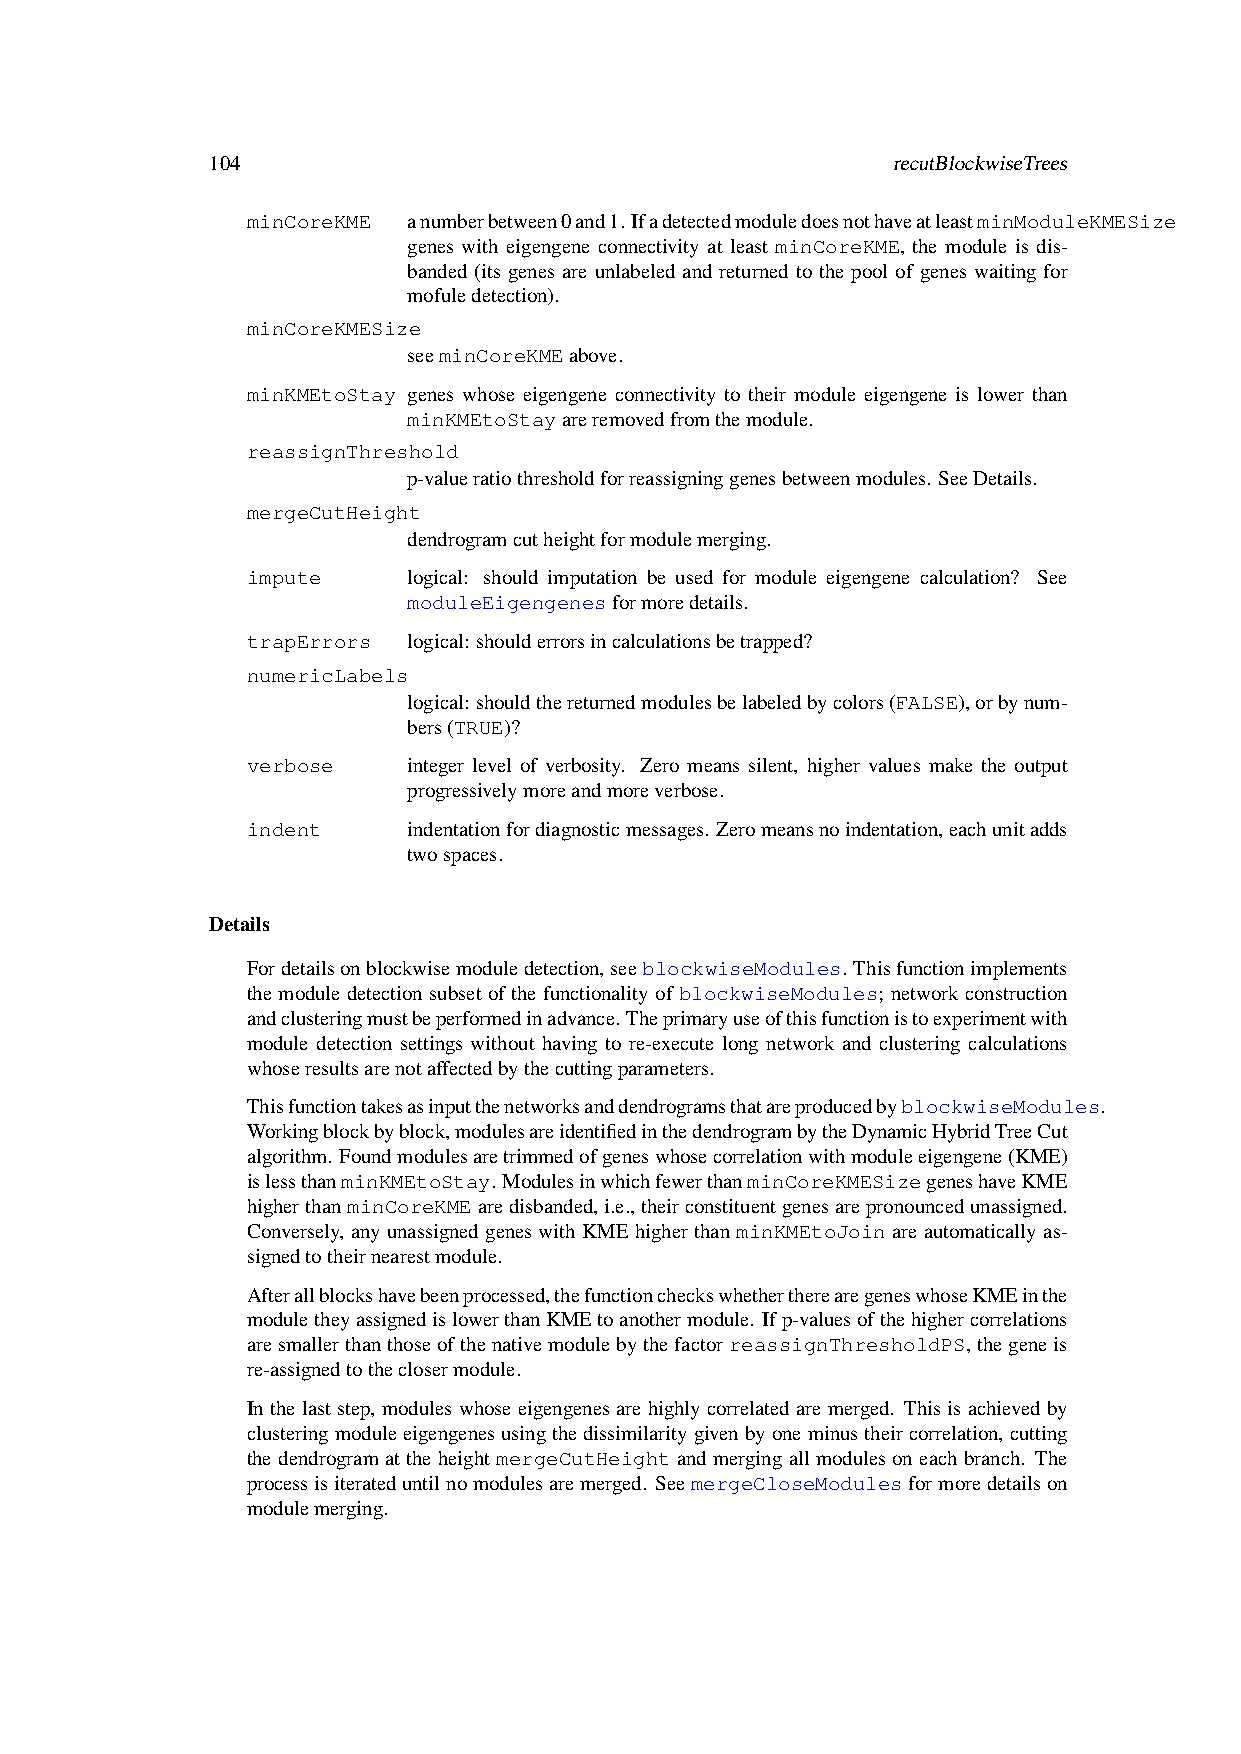
104                                          recutBlockwiseTrees
 minCoreKME anumberbetween0and1.IfadetectedmoduledoesnothaveatleastminModuleKMESize
 genes with eigengene connectivity at least minCoreKME, the module is dis-
 banded (its genes are unlabeled and returned to the pool of genes waiting for
 mofuledetection).
 minCoreKMESize
 seeminCoreKMEabove.
 minKMEtoStay genes whose eigengene connectivity to their module eigengene is lower than
 minKMEtoStayareremovedfromthemodule.
 reassignThreshold
 p-valueratiothresholdforreassigninggenesbetweenmodules. SeeDetails.
 mergeCutHeight
 dendrogramcutheightformodulemerging.
 impute     logical: should imputation be used for module eigengene calculation? See
 moduleEigengenesformoredetails.
 trapErrors logical: shoulderrorsincalculationsbetrapped?
 numericLabels
 logical: shouldthereturnedmodulesbelabeledbycolors(FALSE),orbynum-
 bers(TRUE)?
 verbose    integer level of verbosity. Zero means silent, higher values make the output
 progressivelymoreandmoreverbose.
 indent     indentationfordiagnosticmessages. Zeromeansnoindentation,eachunitadds
 twospaces.
 Details
 Fordetailsonblockwisemoduledetection,seeblockwiseModules. Thisfunctionimplements
 the module detection subset of the functionality of blockwiseModules; network construction
 andclusteringmustbeperformedinadvance.Theprimaryuseofthisfunctionistoexperimentwith
 module detection settings without having to re-execute long network and clustering calculations
 whoseresultsarenotaffectedbythecuttingparameters.
 ThisfunctiontakesasinputthenetworksanddendrogramsthatareproducedbyblockwiseModules.
 Workingblockbyblock,modulesareidentifiedinthedendrogrambytheDynamicHybridTreeCut
 algorithm. Foundmodulesaretrimmedofgeneswhosecorrelationwithmoduleeigengene(KME)
 islessthanminKMEtoStay.ModulesinwhichfewerthanminCoreKMESizegeneshaveKME
 higherthanminCoreKMEaredisbanded,i.e.,theirconstituentgenesarepronouncedunassigned.
 Conversely, any unassigned genes with KME higher than minKMEtoJoin are automatically as-
 signedtotheirnearestmodule.
 Afterallblockshavebeenprocessed,thefunctioncheckswhethertherearegeneswhoseKMEinthe
 moduletheyassignedislowerthanKMEtoanothermodule. Ifp-valuesofthehighercorrelations
 aresmallerthanthoseofthenativemodulebythefactorreassignThresholdPS,thegeneis
 re-assignedtotheclosermodule.
 Inthelaststep, moduleswhoseeigengenesarehighlycorrelatedaremerged. Thisisachievedby
 clusteringmoduleeigengenesusingthedissimilaritygivenbyoneminustheircorrelation,cutting
 the dendrogram at the height mergeCutHeight and merging all modules on each branch. The
 processisiterateduntilnomodulesaremerged. SeemergeCloseModulesformoredetailson
 modulemerging.